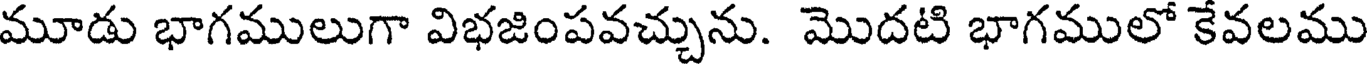
మూడు భాగములుగా విభజింపవచ్చును. మొదటి భాగములో కేవలము